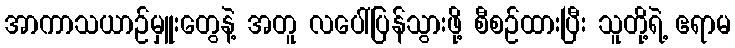
အာကာသယာဉ်မှူးတွေနဲ့ အတူ လပေါ်ပြန်သွားဖို့ စီစဉ်ထားပြီး သူတို့ရဲ့ ဧရာမ